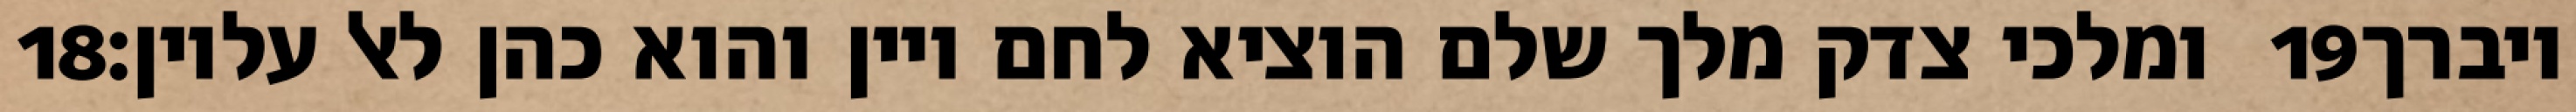
‎18‏ ומלכי צדק מלך שלם הוציא לחם ויין והוא כהן לאל עליון׃ ‎19‏ ויברך